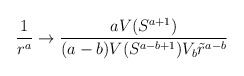
\begin{align*}\frac{1}{r^a} \rightarrow \frac{a V(S^{a+1})}{(a-b)V(S^{a-b+1})V_b\tilde{r}^{a-b}}\end{align*}